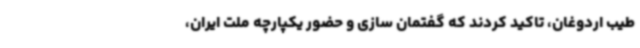
طیب اردوغان، تاکید کردند که گفتمان سازی و حضور یکپارچه ملت ایران،